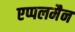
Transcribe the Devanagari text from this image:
एप्पलमैन